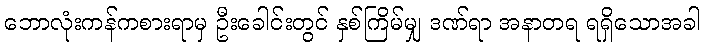
ဘောလုံးကန်ကစားရာမှ ဦးခေါင်းတွင် နှစ်ကြိမ်မျှ ဒဏ်ရာ အနာတရ ရရှိသောအခါ